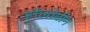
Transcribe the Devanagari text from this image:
हॉलोवीन